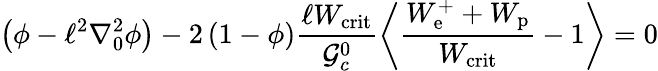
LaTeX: \left(\phi-\ell^{2}\nabla_{0}^{2}\phi\right)-2\left(1-\phi\right)\frac{\ell W_{\mathrm{crit}}}{\mathcal{G}_{c}^{0}}\left\langle\frac{W_{\mathrm{e}}^{+}+W_{\mathrm{p}}}{W_{\mathrm{crit}}}-1\right\rangle=0